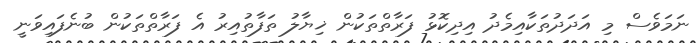
ނަމަވެސް މި އަދަދުތަކާއިމެދު އިދިކޮޅު ފަރާތްތަކުން ޚިޔާލު ތަފާތުއިރު އެ ފަރާތްތަކުން ބުނެފައިވަނީ